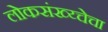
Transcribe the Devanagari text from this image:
लोकसंख्य्चेचा